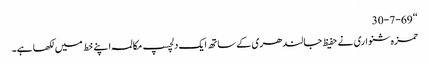
‘‘30-7-69
حمزہ شنواری نے حفیظ جالندھری کے ساتھ ایک دلچسپ مکالمہ اپنے خط میں لکھا ہے۔